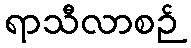
ရာသီလာစဉ်